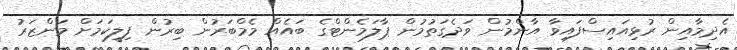
އެދިމާއިން ރުޅިއައިސްފައިވާ އާންމުން ވަދެގަތުމުން ޕާލަމެންޓްގެ ބައެއް މެމްބަރުން ބިރުން ފިލީކަމަށް މަންޒަރު